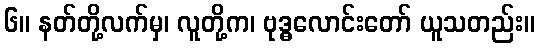
၆။ နတ်တို့လက်မှ၊ လူတို့က၊ ဗုဒ္ဓလောင်းတော် ယူသတည်း။